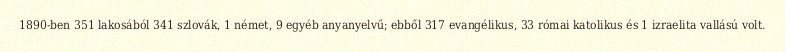
1890-ben 351 lakosából 341 szlovák, 1 német, 9 egyéb anyanyelvű; ebből 317 evangélikus, 33 római katolikus és 1 izraelita vallású volt.